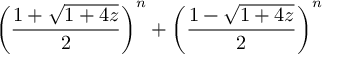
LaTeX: \left( { \frac { 1 + { \sqrt { 1 + 4 z } } } { 2 } } \right) ^ { n } + \left( { \frac { 1 - { \sqrt { 1 + 4 z } } } { 2 } } \right) ^ { n }